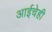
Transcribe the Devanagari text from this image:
आईचेही